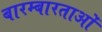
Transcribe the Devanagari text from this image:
बारम्बारताओं